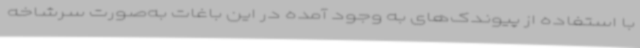
با استفاده از پیوندک‌های به وجود آمده در این باغات به‌صورت سرشاخه